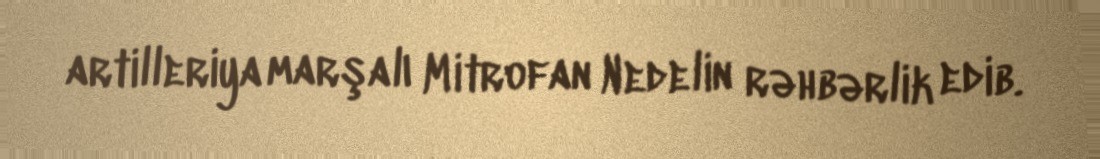
artilleriya marşalı Mitrofan Nedelin rəhbərlik edib.